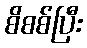
စိစစ်ပြီး